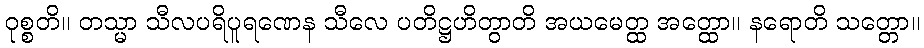
ဝုစ္စတိ။ တသ္မာ သီလပရိပူရဏေန သီလေ ပတိဋ္ဌဟိတွာတိ အယမေတ္ထ အတ္ထော။ နရောတိ သတ္တော။